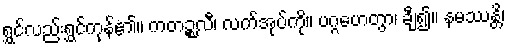
ရွှင်လည်းရွှင်ကုန်၏။ ကတဉ္စလီ၊ လက်အုပ်ကို။ ပဂ္ဂဟေတွာ၊ ချီ၍။ နမဿန္တိ၊